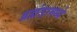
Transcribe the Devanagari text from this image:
ब्रह्मंडामध्ये